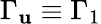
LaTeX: \Gamma_{\mathbf{u}}\equiv\Gamma_{1}